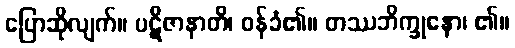
ပြောဆိုလျက်။ ပဋိဇာနာတိ၊ ဝန်ခံ၏။ တဿဘိက္ခုနော၊ ၏။